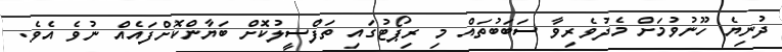
ދުނިޔެ ހޫނުވުމަށް މެދުވެރިވާ ސަބަބުތައް މި ރިޕޯޓުގައި ތަފްސީލުކޮށް ބަޔާންކޮށްފައެއް ނުވެ އެވެ.